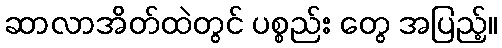
ဆာလာအိတ်ထဲတွင် ပစ္စည်း တွေ အပြည့်။